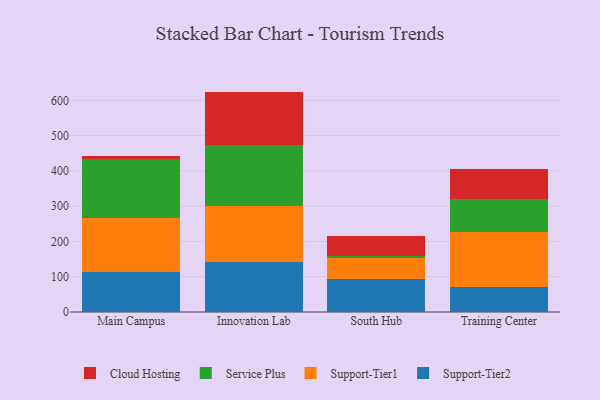
{"axis": {"x": "Campus", "y": "LTV (USD)"}, "legend": ["Cloud Hosting", "Service Plus", "Support-Tier1", "Support-Tier2"], "data": [{"x": "Main Campus", "y": 113.2, "type": "Support-Tier2"}, {"x": "Main Campus", "y": 153.9, "type": "Support-Tier1"}, {"x": "Main Campus", "y": 166.9, "type": "Service Plus"}, {"x": "Main Campus", "y": 7.8, "type": "Cloud Hosting"}, {"x": "Innovation Lab", "y": 141.7, "type": "Support-Tier2"}, {"x": "Innovation Lab", "y": 158.0, "type": "Support-Tier1"}, {"x": "Innovation Lab", "y": 172.5, "type": "Service Plus"}, {"x": "Innovation Lab", "y": 152.8, "type": "Cloud Hosting"}, {"x": "South Hub", "y": 93.9, "type": "Support-Tier2"}, {"x": "South Hub", "y": 58.6, "type": "Support-Tier1"}, {"x": "South Hub", "y": 7.4, "type": "Service Plus"}, {"x": "South Hub", "y": 54.5, "type": "Cloud Hosting"}, {"x": "Training Center", "y": 71.5, "type": "Support-Tier2"}, {"x": "Training Center", "y": 154.1, "type": "Support-Tier1"}, {"x": "Training Center", "y": 95.2, "type": "Service Plus"}, {"x": "Training Center", "y": 84.5, "type": "Cloud Hosting"}]}